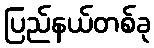
ပြည်နယ်တစ်ခု